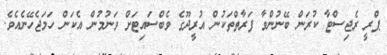
ޕްރީ ރެޖިސްޓާ ކުރަން ބޭނުންވާ ފަރާތްތަކުން އުރީދޫގެ ވެބްސައިޓަށް ވަނުމުން އެކަން ހަމަޖެހޭނެއެވެ.